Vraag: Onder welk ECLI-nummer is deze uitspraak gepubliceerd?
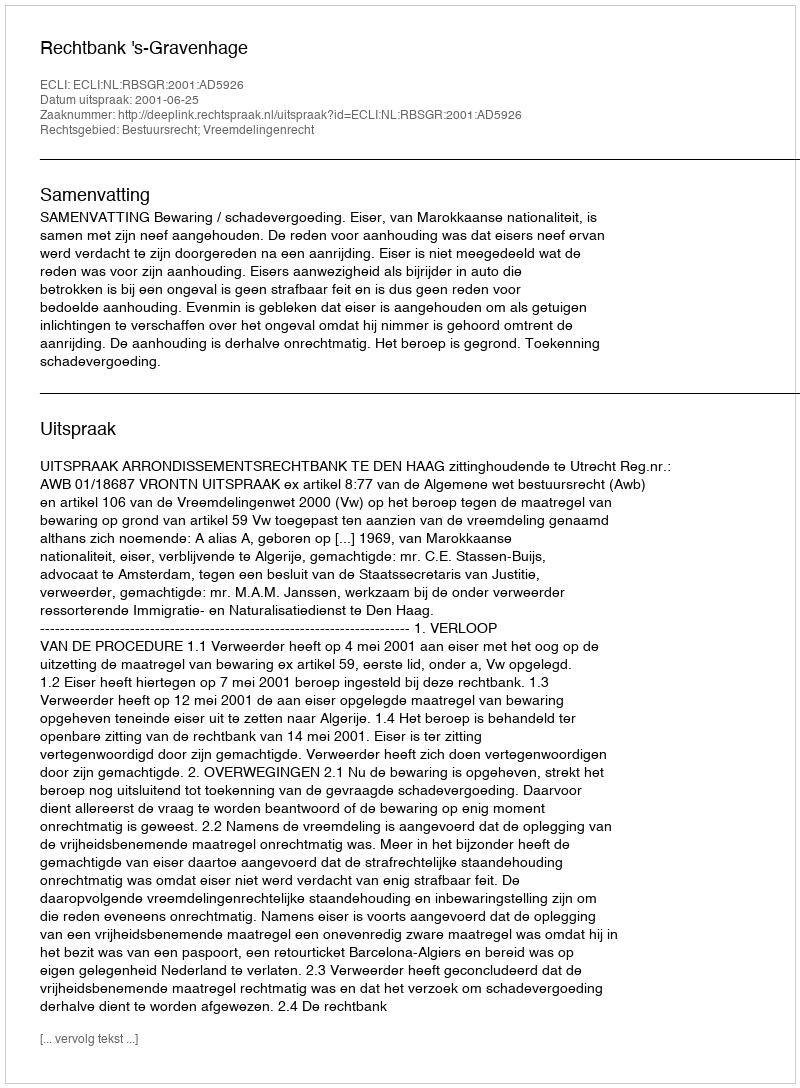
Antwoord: ECLI:NL:RBSGR:2001:AD5926